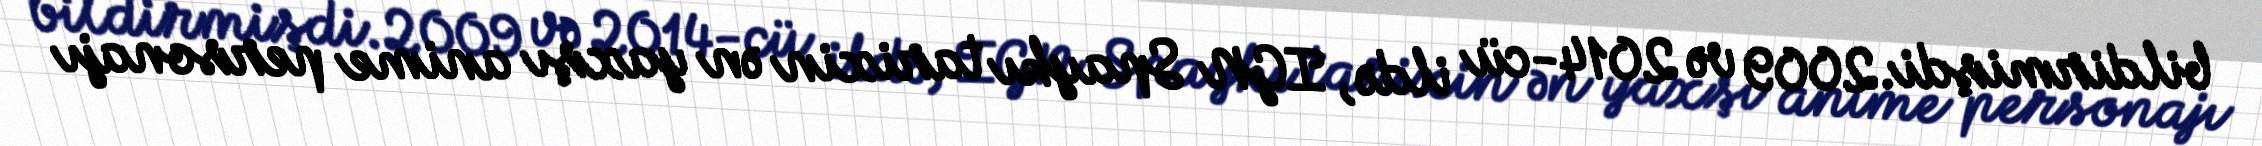
bildirmişdi.2009 və 2014-cü ildə, IGN Spaykı tarixin ən yaxşı anime personajı